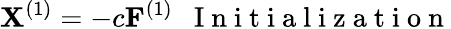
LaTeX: {\mathbf X}^{(1)}=-c{\mathbf F}^{(1)}~~\mathrm{~I~n~i~t~i~a~l~i~z~a~t~i~o~n~}